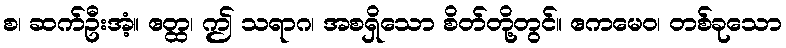
စ၊ ဆက်ဦးအံ့။ ဧတ္ထ၊ ဤ သရာဂ၊ အစရှိသော စိတ်တို့တွင်။ ဧကမေဝ၊ တစ်ခုသော